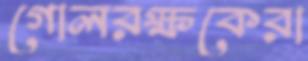
গোলরক্ষকেরা